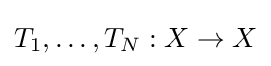
{\textstyle T_{1},\dots ,T_{N}:X\to X}